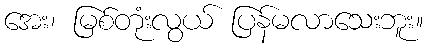
အေး၊ မြစ်တုံးလွယ် ပြန်မလာသေးဘူး။